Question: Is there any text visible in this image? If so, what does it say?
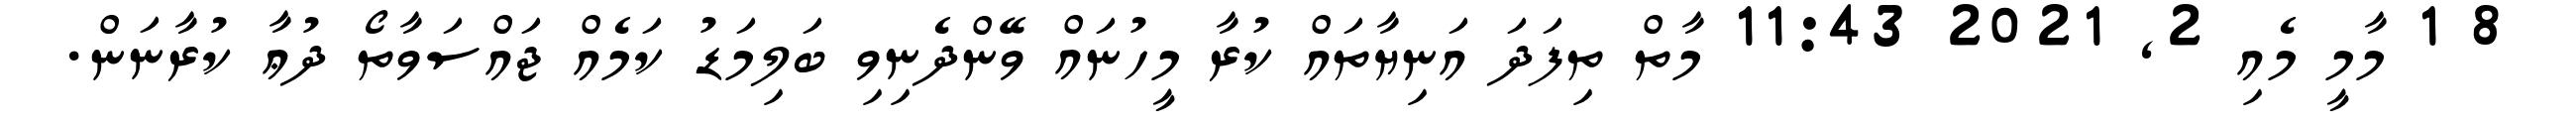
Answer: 8 1 މާމީ މެއި 2, 2021 11:43 މާތް ތިފަދަ އަނިޔާތައް ކުރާ މީހުނައް ވޭންދެނިވި ބަލިމަޑު ކަމެއް ޖައްސަވާތޯ ދުޢާ ކުރާނަން.